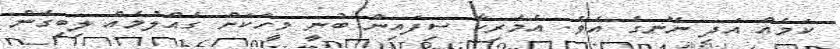
ކަމެއް އަދި ނޭނގެ އެވެ. އެމެރިކާ ސިފައިން ބުނީ މީހަކަށް ގެއްލުމެއް ލިބިގެން